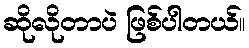
ဆိုလိုတာပဲ ဖြစ်ပါတယ်။